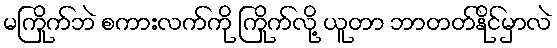
မကြိုက်ဘဲ စကားလက်ကို ကြိုက်လို့ ယူတာ ဘာတတ်နိုင်မှာလဲ